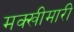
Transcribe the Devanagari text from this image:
मक्खीमारी